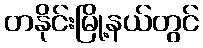
တနိုင်းမြို့နယ်တွင်